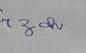
Signature authenticity: forged